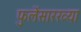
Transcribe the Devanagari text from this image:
फुलेंसारख्या